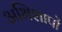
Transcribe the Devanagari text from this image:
अभिशापों